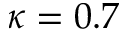
\kappa = 0 . 7